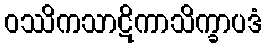
ဝဿိကသာဋိကာသိက္ခာပဒံ